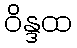
ဝိန္ဒထ